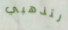
لتذهبي